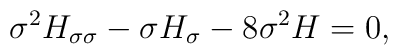
\sigma^2 H_{\sigma \sigma} -\sigma H_{\sigma} -8\sigma^2 H=0,